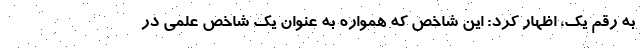
به رقم یک، اظهار کرد: این شاخص که همواره به عنوان یک شاخص علمی در